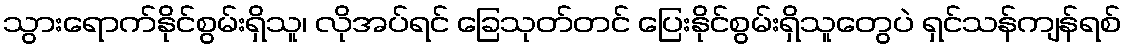
သွားရောက်နိုင်စွမ်းရှိသူ၊ လိုအပ်ရင် ခြေသုတ်တင် ပြေးနိုင်စွမ်းရှိသူတွေပဲ ရှင်သန်ကျန်ရစ်